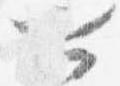
可